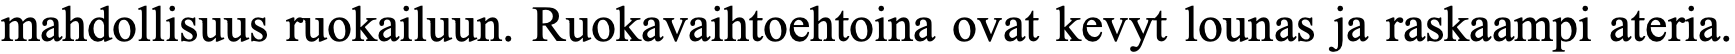
mahdollisuus ruokailuun. Ruokavaihtoehtoina ovat kevyt lounas ja raskaampi ateria.